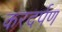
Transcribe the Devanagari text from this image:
करदर्पण